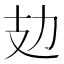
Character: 攰